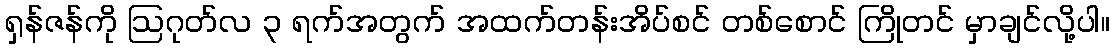
ရှန်ဇန်ကို ဩဂုတ်လ ၃ ရက်အတွက် အထက်တန်းအိပ်စင် တစ်စောင် ကြိုတင် မှာချင်လို့ပါ။